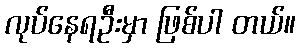
လုပ်နေရဦးမှာ ဖြစ်ပါ တယ်။